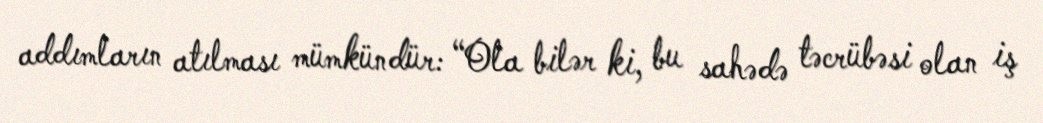
addımların atılması mümkündür: “Ola bilər ki, bu sahədə təcrübəsi olan iş